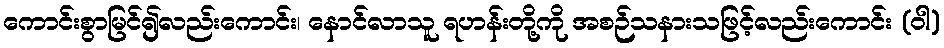
ကောင်းစွာမြင်၍လည်းကောင်း၊ နောင်လာသူ ရဟန်းတို့ကို အစဉ်သနားသဖြင့်လည်းကောင်း (ဝါ)